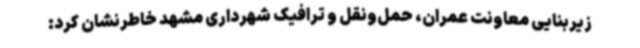
زیربنایی معاونت عمران، حمل‌ونقل و ترافیک شهرداری مشهد خاطرنشان کرد: